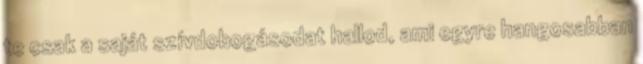
te csak a saját szívdobogásodat hallod, ami egyre hangosabban